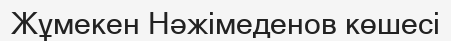
Жұмекен Нәжімеденов көшесі